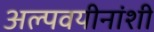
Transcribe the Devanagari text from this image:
अल्पवयीनांशी